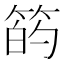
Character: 𫂇